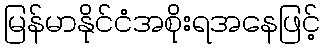
မြန်မာနိုင်ငံအစိုးရအနေဖြင့်